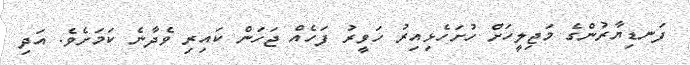
ފަނޑިޔާރުންގެ މަޖިލީހަށް ހުށަހެޅިއިރު ހަވީރު ފަހެއް ޖަހަން ކައިރި ވެދާނެ ކަމަށެވެ. އަދި